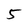
Character: 5